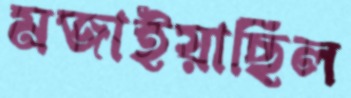
মজাইয়াছিল